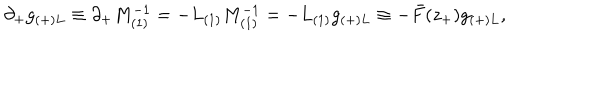
\partial _ { + } g _ { ( + ) L } \equiv \partial _ { + } M _ { ( 1 ) } ^ { - 1 } = - L _ { ( 1 ) } M _ { ( 1 ) } ^ { - 1 } = - L _ { ( 1 ) } g _ { ( + ) L } \equiv - \bar { F } ( z _ { + } ) g _ { ( + ) L } ,